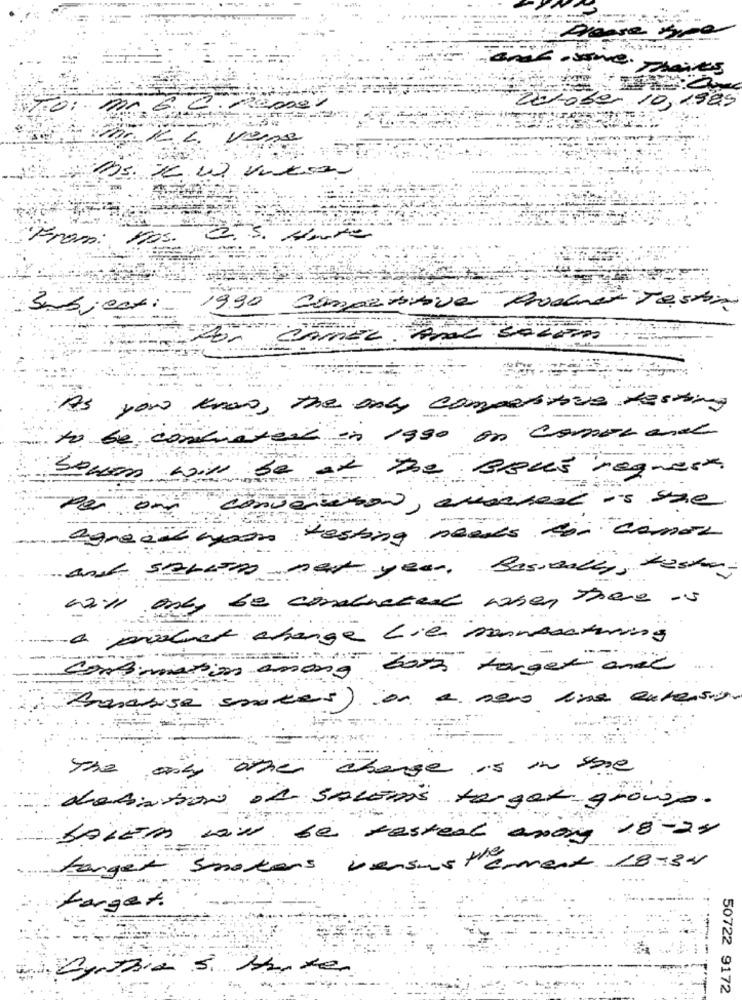
same. shirts
10,1989
2010
From.
Subject:
1990 Competitiva
As you know, the only competitive Resting
to be continted in 1990 on comot and
o the Bisu's request.
Par om
conversation, anserest is sac
tasting needs to comor
agréciaion
and StLLEDO pet year. Bassaity, testes
Will only be constructed when there is
a äüzlet change Lien minnesamming
combination among
Analise smaker) on e sono una enversion
other change is in some
The any
debations de salEns target grou
foiem now be tested among 18-24
Farger smokers versus Herment 18-34
----
target.
50722 9172